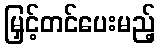
မြှင့်တင်ပေးမည့်